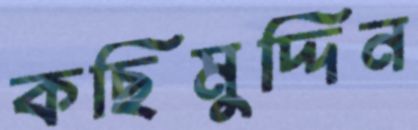
কছিমুদ্দিন